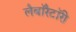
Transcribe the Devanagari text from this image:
लैबाॅरैटाॅरी